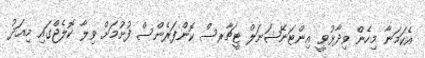
އެކަމަނާ މިހެން ވިދާޅުވީ އިންޓަނޭޝަނަލް ޓީޗާރސް ކޮންފަރެންސް ފުށުމަށް ވިލާ ކޮލެޖްގައި މިއަދު